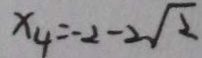
x _ { 4 } = - 2 - 2 \sqrt { 2 }